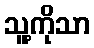
သူ့ကိုသာ